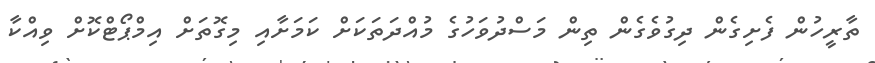
ތާރީހުން ފެށިގެން ދިގުވެގެން ތިން މަސްދުވަހުގެ މުއްދަތަކަށް ކަމަށާއި މިގޮތަށް އިމްޕޯޓްކޮށް ވިއްކާ